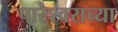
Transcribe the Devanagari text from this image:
पारेश्वराच्या